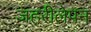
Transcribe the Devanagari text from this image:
जहरीलेपन